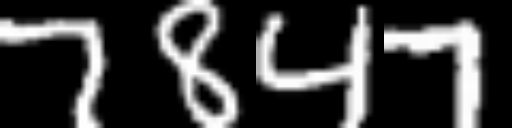
Text: 7847